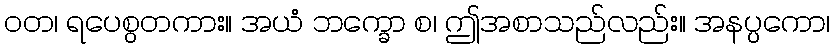
ဝတ၊ ရပေစွတကား။ အယံ ဘက္ခော စ၊ ဤအစာသည်လည်း။ အနပ္ပကော၊